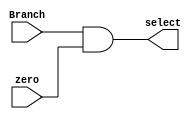
`timescale 1ns / 1ps
//////////////////////////////////////////////////////////////////////////////////
// Company: 
// Engineer: 
// 
// Design Name: 
// Module Name: Branch_and_zero
// Project Name: 
// Target Devices: 
// Tool Versions: 
// Description: 
// 
// Dependencies: 
// 
// Revision:
// Revision 0.01 - File Created
// Additional Comments:
// 
//////////////////////////////////////////////////////////////////////////////////


module Branch_and_zero(
    input Branch,
    input zero,
    output reg select
    );
    
    always@(*)
        begin
            select <= Branch & zero;
        end
    
endmodule